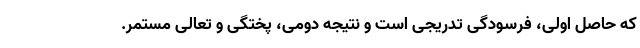
که حاصل اولی، فرسودگی تدریجی است و نتیجه دومی، پختگی و تعالی مستمر.